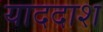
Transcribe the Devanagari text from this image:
याददाश